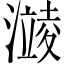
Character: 𪷥